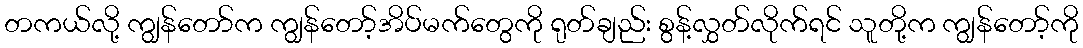
တကယ်လို့ ကျွန်တော်က ကျွန်တော့်အိပ်မက်တွေကို ရုတ်ချည်း စွန့်လွှတ်လိုက်ရင် သူတို့က ကျွန်တော့်ကို